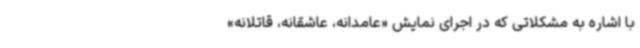
با اشاره به مشکلاتی که در اجرای نمایش «عامدانه، عاشقانه، قاتلانه»